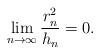
LaTeX: \begin{align*}\lim_{n\to \infty} \frac{r_n^2}{h_n} = 0 . \end{align*}